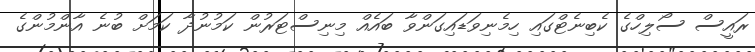
ރައީސް ސޯލިހްގެ ކެބިނެޓްގައި ހިމެނިވަޑައިގަންވާ ބައެއް މިނިސްޓަރުން ކަމުނުދާ ކަމަށް ބުނެ އާންމުންގެ